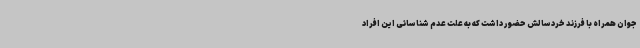
جوان همراه با فرزند خردسالش حضور داشت که به علت عدم شناسائی این افراد